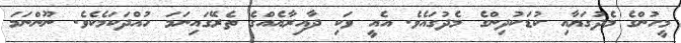
މީހުންގެ މެދުގަޔާއި ކުޑަކުދިންގެ މެދުގައެވެ. އެއީ ވަކި ދާއިރާއެއްގެ ތެރޭގައިނަމަ ހުއްދަކަމެކެވެ. ނޫންނަމަ